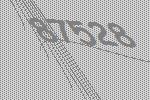
87528